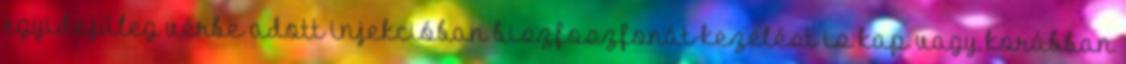
egyidejűleg vérbe adott injekcióban biszfoszfonát-kezelést is kap vagy korábban